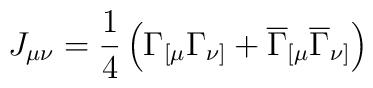
J_{\mu \nu }=\frac 14\left( \Gamma _{[\mu} \Gamma _{\nu ]}+\overline{\Gamma }_{[\mu} \overline{\Gamma }_{\nu ]}\right)